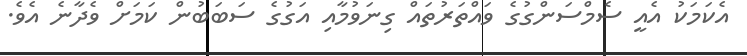
އެކަމަކު އެއީ ސެމްސަންގުގެ ވައްތަރުތައް ގިނަވުމާއި އަގުގެ ސަބަބުން ކަަމަށް ވެދާނެ އެވެ.